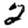
Digit: 2